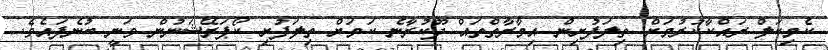
ކެމިކަލް ރައްކާކުރުމަށް ތިލަފުށިން އިމާރާތްތައް ދޫކުރާނެ ކަމަށް ތިލަފުށި ކޯޕަރޭޝަނުން ވަނީ ބުނެފައެވެ.